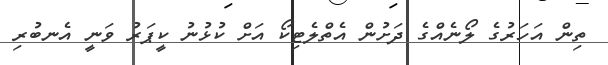
ތިން އަހަރުގެ ލޯނެއްގެ ދަށުން އެތްލެޓިކޯ އަށް ކުޅުނު ކީޕަރު ވަނީ އެނބުރި